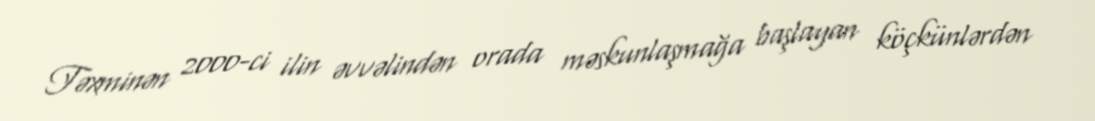
Təxminən 2000-ci ilin əvvəlindən orada məskunlaşmağa başlayan köçkünlərdən